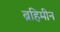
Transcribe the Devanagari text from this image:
ब्रहिमीन